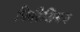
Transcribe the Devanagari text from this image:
फिरिसियन